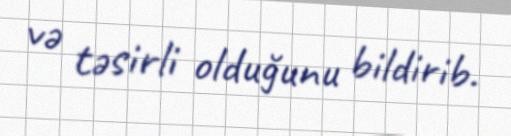
və təsirli olduğunu bildirib.